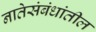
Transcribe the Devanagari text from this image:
नातेसंबंधांतील